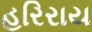
હરિરાય